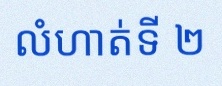
លំហាត់ទី ២